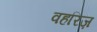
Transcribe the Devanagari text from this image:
वहरिज़